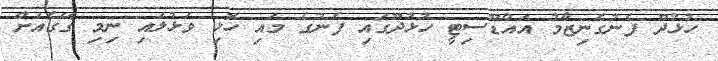
ހުޅުދޫ ފެނުގެނިޒާމު އައްޑޫސިޓީ ހުޅުދޫގައި ފެނުގެ މައި ހޮޅި ވަޅުލައި ނިމި ގޭގެއަށް